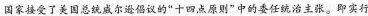
国家接受了美国总统威尔逊倡议的“十四点原则”中的委任统治主张。即实行